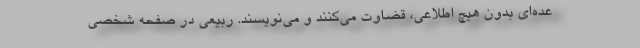
عده‌ای بدون هیچ اطلاعی، قضاوت می‌کنند و می‌نویسند. ربیعی در صفحه شخصی